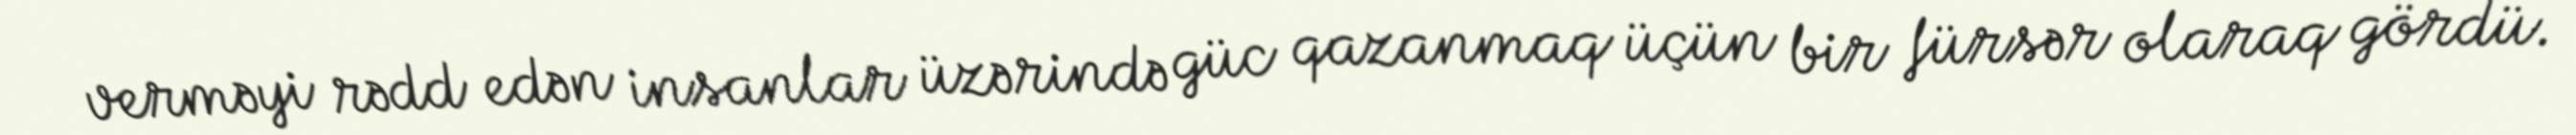
verməyi rədd edən insanlar üzərində güc qazanmaq üçün bir fürsər olaraq gördü.